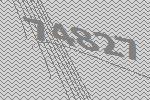
74827